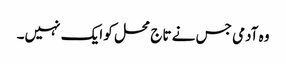
وہ آدمی جس نے تاج محل کو ایک نہیں۔